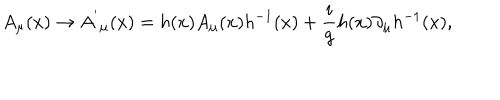
LaTeX: A _ { \mu } ( x ) \rightarrow { A ^ { ' } } _ { \mu } ( x ) = h ( x ) A _ { \mu } ( x ) h ^ { - 1 } ( x ) + \frac { i } { g } h ( x ) \partial _ { \mu } h ^ { - 1 } ( x ) ,